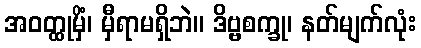
အဝတ္ထုမှိံ၊ မှီရာမရှိဘဲ။ ဒိဗ္ဗစက္ခု၊ နတ်မျက်လုံး